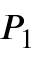
P _ { 1 }